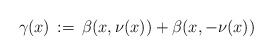
\begin{align*}\gamma(x) \,:=\, \beta(x,\nu(x)) + \beta(x,-\nu(x))\end{align*}